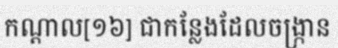
កណ្តាល[១៦] ជាកន្លែងដែលចង្ក្រាន